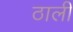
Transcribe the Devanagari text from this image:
ठाली